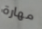
مهارة